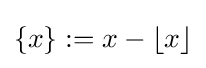
\{x\}:=x-\lfloor x\rfloor